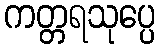
ကတ္တရသုပ္ပေ